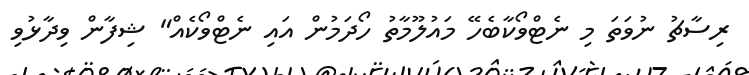
ރިސާޗު ނުވަތަ މި ނެޓްވޯކާބެހޭ މައުލޫމާތު ހޯދަމުން އައި ނެޓްވޯކެއް" ޝިފާން ވިދާޅުވި